Leaving Certificate Examination, 1914
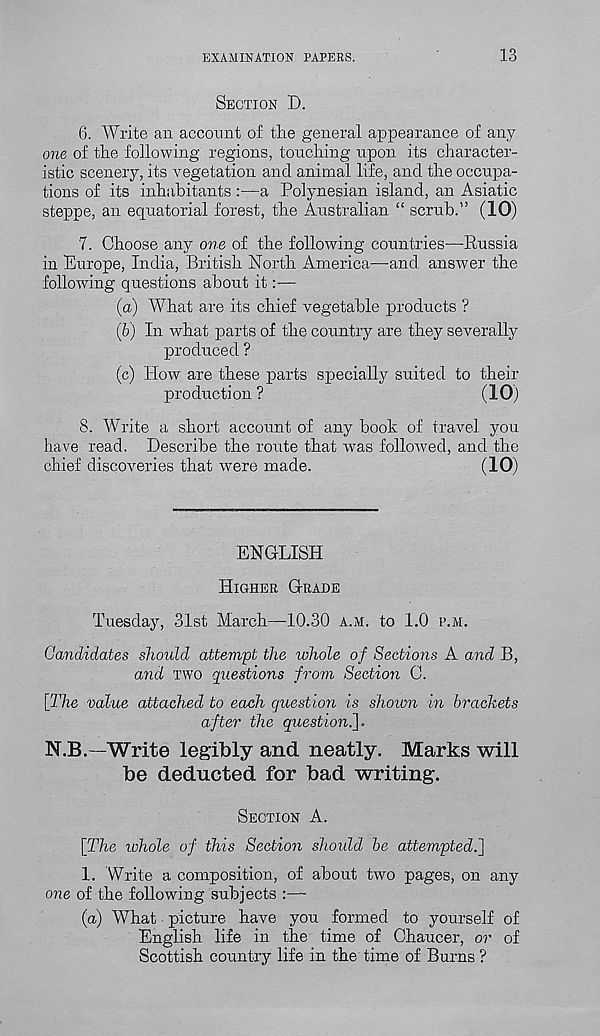
EXAMINATION PAPERS.
13
SECTION D.
6. Write an account of the general appearance of any
one of the following regions, touching upon its character-
istic scenery, its vegetation and animal life, and the occupa-
tions of its inhabitants :—a Polynesian island, an Asiatic
steppe, an equatorial forest, the Australian “ scrub.” (10)
7. Choose any one of the following countries—Russia
in Europe, India, British North America—and. answer the
following questions about it:—
(а) What are its chief vegetable products ?
(б) In what parts of the country are they severally
produced ?
(c) How are these parts specially suited to their
production?
(10)
8. Write a short account of any book of travel you
have read. Describe the route that was followed, and the
chief discoveries that were made.
(10)
ENGLISH
HIGHER GRADE
Tuesday, 31st March—10.30 A.M. to 1.0 P.M.
Candidates should attempt the whole of Sections A and B,
and TWO questions from Section C.
[The value attached to each question is shown in brackets
after the question.].
N.B.—Write legibly and neatly. Marks will
be deducted for bad writing.
SECTION A.
[The whole of this Section should be attempted.]
1. Write a composition, of about two pages, on any
one of the following subjects :—
(a) What picture have you formed to yourself of
English life in the time of Chaucer, or of
Scottish country life in the time of Burns ?